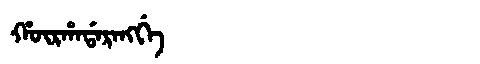
Manchu: ᡥᡡᡵᡥᠠᡩᠠᡵᠠᠩᡤᡝ
Romanization: HŪRHADARANGGE